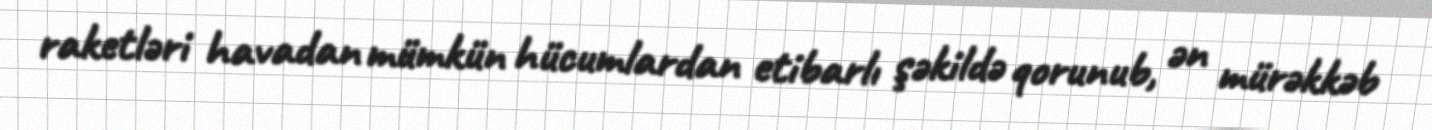
raketləri havadan mümkün hücumlardan etibarlı şəkildə qorunub, ən mürəkkəb